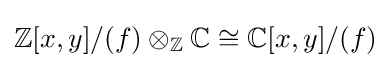
\mathbb {Z} [x,y]/(f)\otimes _{\mathbb {Z} }\mathbb {C} \cong \mathbb {C} [x,y]/(f)